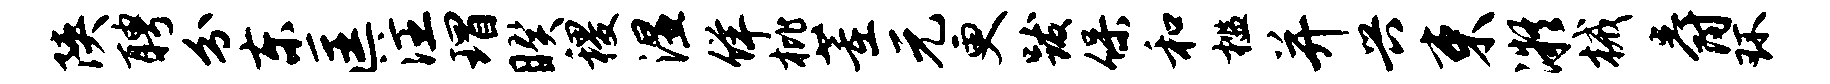
陕聘分东匡注瑁睽稷湿佯枇董元更跋保和槛并兴束凝械爵环